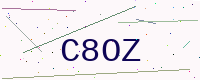
Text: C8OZ